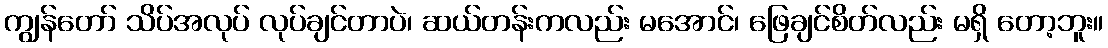
ကျွန်တော် သိပ်အလုပ် လုပ်ချင်တာပဲ၊ ဆယ်တန်းကလည်း မအောင်၊ ဖြေချင်စိတ်လည်း မရှိ တော့ဘူး။